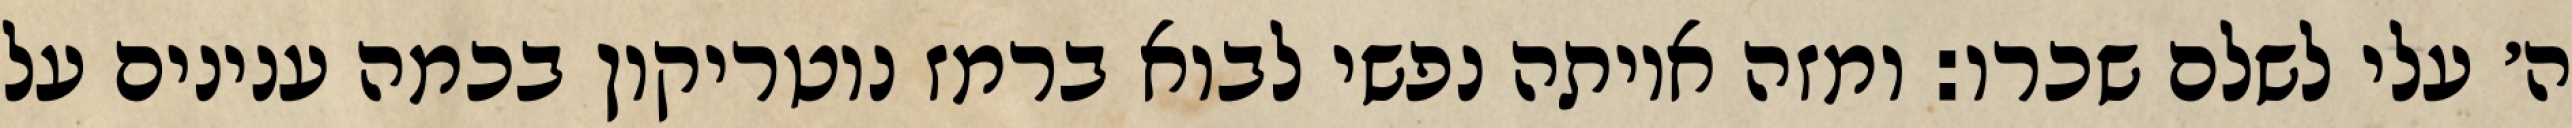
ה׳ עלי לשלם שכרו: ומזה איותה נפשי לבוא ברמז נוטריקון בכמה ענינים על